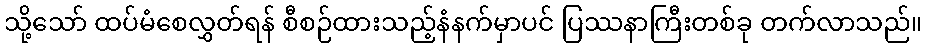
သို့သော် ထပ်မံစေလွှတ်ရန် စီစဉ်ထားသည့်နံနက်မှာပင် ပြဿနာကြီးတစ်ခု တက်လာသည်။